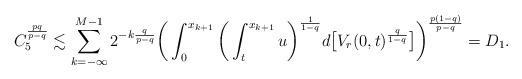
LaTeX: \begin{align*}C_5^{\frac{pq}{p-q}} & \lesssim \sum_{k=-\infty}^{M-1} 2^{-k\frac{q}{p-q}} \bigg( \int_0^{{x_{k+1}}} \bigg( \int_t^{{x_{k+1}}} u \bigg)^{\frac{1}{1-q}} d\big[ V_r(0,t)^{\frac{q}{1-q}} \big] \bigg)^{\frac{p(1-q)}{p-q}} = D_1. \end{align*}